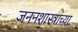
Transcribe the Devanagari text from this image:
जननशास्त्रांच्या